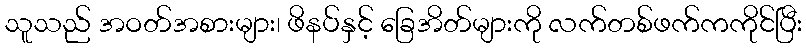
သူသည် အဝတ်အစားများ၊ ဖိနပ်နှင့် ခြေအိတ်များကို လက်တစ်ဖက်ကကိုင်ပြီး